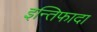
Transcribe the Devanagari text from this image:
इन्तिफादा